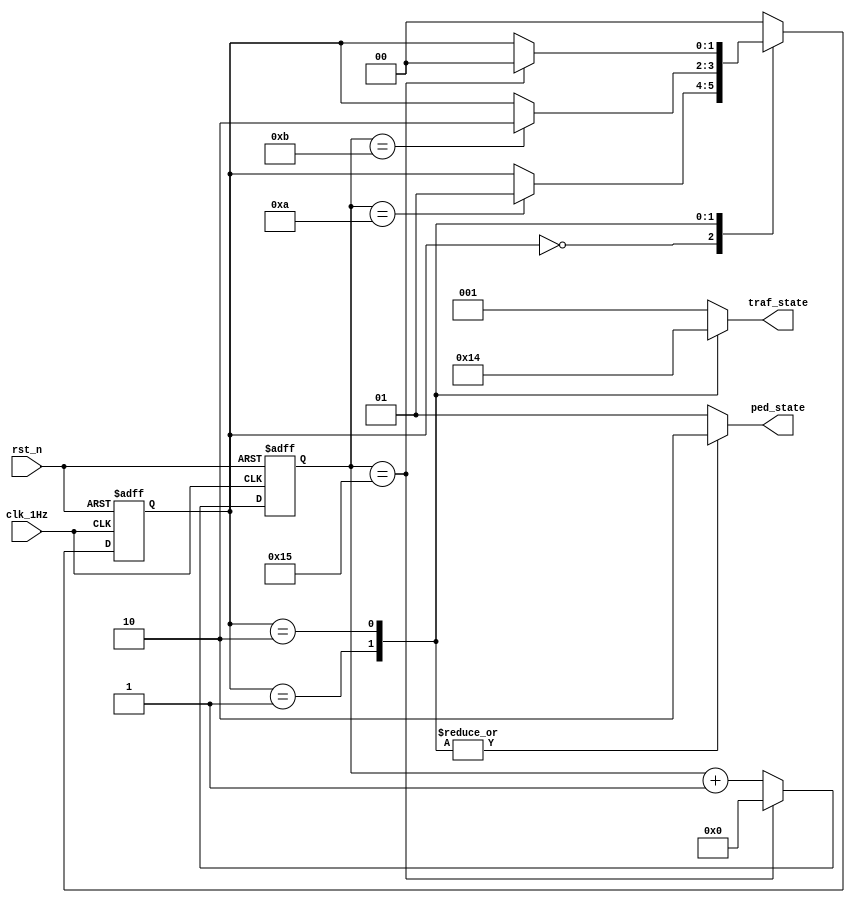
module state_machine (
    input wire clk_1Hz,
    input wire rst_n,               //Active LOW
    output reg [2:0] traf_state,   //3 bits traffic state
    output reg [1:0] ped_state     //2 bits pedestrian state
    );

    //Define states
    parameter traf_red_ped_green    = 2'b00;
    parameter traf_yellow_ped_red   = 2'b01;
    parameter traf_green_ped_red    = 2'b10;

    //The state register
    reg [1:0] state_reg;            //3 states = 2 bits

    // Timer for light changes
    reg [4:0] light_counter = 5'd0; //traf red = 10s
                                    //traf yellow = 1s
                                    //traf green = 10s
                                    //ped red = 11s
                                    //ped green = 10s
                                    //total = 21s
    
    //Light Counter control
    always @(posedge clk_1Hz or negedge rst_n) begin
        if (!rst_n) begin
            light_counter <= 0;
        end
        else if (light_counter == 5'd21) begin
            light_counter <= 0;
        end
        else begin
            light_counter <= light_counter + 5'd1;
        end
    end
    
    //Next state logic
    always @(posedge clk_1Hz or negedge rst_n) begin
        if (!rst_n) begin
            state_reg <= traf_red_ped_green;    //reset state
        end
        else begin
            case (state_reg)
                traf_red_ped_green  : 
                    if (light_counter == 5'd10) begin
                        state_reg <= traf_yellow_ped_red;
                    end 
                traf_yellow_ped_red :
                    if (light_counter == 5'd11) begin
                        state_reg <= traf_green_ped_red;
                    end
                traf_green_ped_red :
                    if (light_counter == 5'd21) begin
                        state_reg <= traf_red_ped_green;
                    end
                default: state_reg <= traf_red_ped_green;
            endcase
        end
    end

    //Combination output logic
    always @(*) begin
        case (state_reg) 
            traf_red_ped_green  : begin
                traf_state  = 3'b001;   //red
                ped_state   = 2'b01;    //green      
            end
            traf_yellow_ped_red  : begin
                traf_state  = 3'b010;   //yellow
                ped_state   = 2'b10;    //red     
            end
            traf_green_ped_red  : begin
                traf_state  = 3'b100;   //green
                ped_state   = 2'b10;    //red     
            end
            default: begin
                traf_state  = 3'b001;   //red
                ped_state   = 2'b01;    //green   
            end
        endcase
    end
endmodule